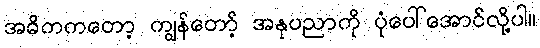
အဓိကကတော့ ကျွန်တော့် အနုပညာကို ပုံပေါ်အောင်လို့ပါ။